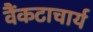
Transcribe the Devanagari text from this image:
वैंकटाचार्य